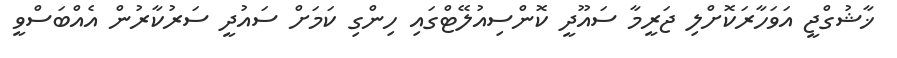
ޚާޝުގްޖީ އަވަހާރަކޮށްލި ޖަރީމާ ސައޫދީ ކޮންސިއުލޭޓްގައި ހިންގި ކަމަށް ސައުދީ ސަރުކާރުން އެއްބަސްވީ